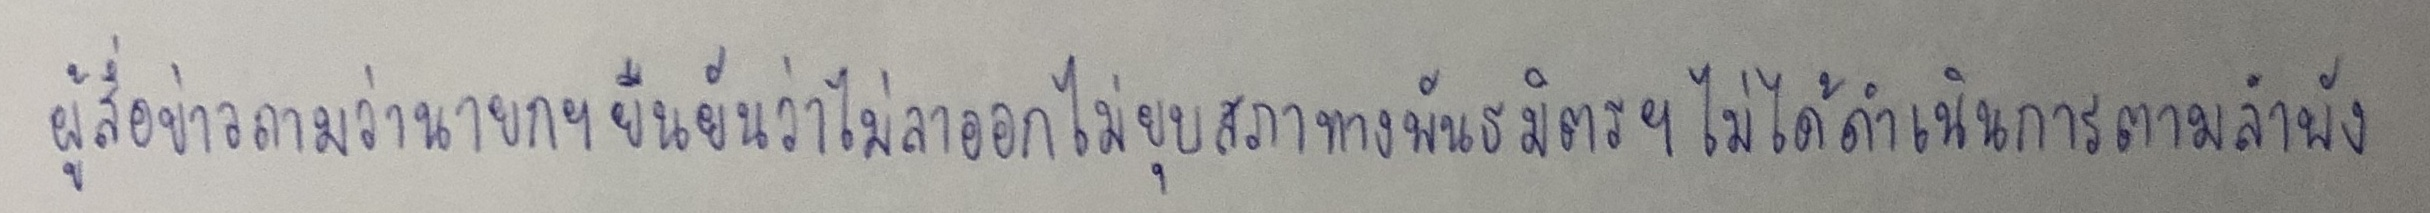
ผู้สื่อข่าวถามว่านายกฯยืนยันว่าไม่ลาออกไม่ยุบสภาทางพันธมิตรฯไม่ได้ดำเนินการตามลำพัง